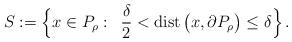
LaTeX: \begin{align*}S:=\Bigl\{x\in P_{\rho}:~\,\frac{\delta}{2}<\operatorname*{dist}\big(x,\partial P_{\rho}\big)\leq\delta\Bigr\}\,. \end{align*}